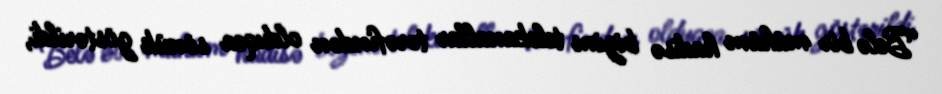
“Belə bir mühüm hadisə bizim telekanallar tərəfindən olduqca sönük göstərildi,